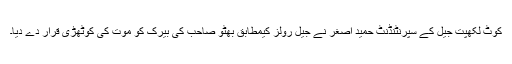
کوٹ لکھپت جیل کے سپرنٹنڈنٹ حمید اصغر نے جیل رولز کیمطابق بھٹو صاحب کی بیرک کو موت کی کوٹھڑی قرار دے دیا۔